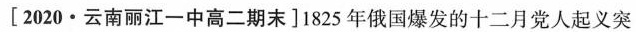
[2020·云南丽江一中高二期末]1825年俄国爆发的十二月党人起义突